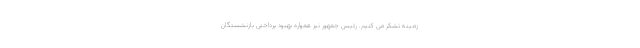
زمینه تشکر می کنیم. رئیس جمهور نیز همواره بهبود پرداختی بازنشستگان